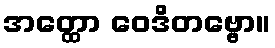
အတ္ထော ဝေဒိတဗ္ဗော။